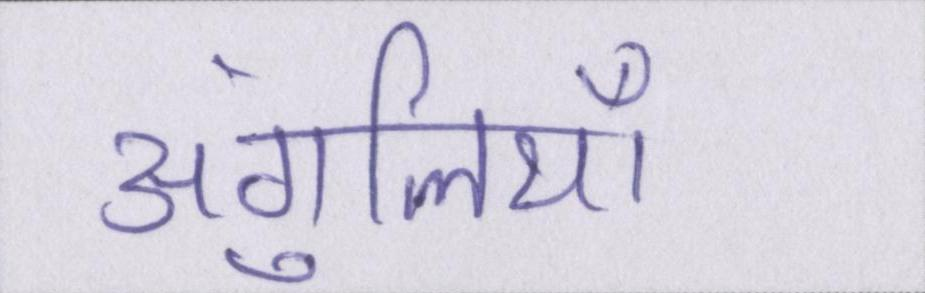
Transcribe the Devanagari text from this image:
अंगुलियाँ